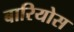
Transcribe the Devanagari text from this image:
बारियोस